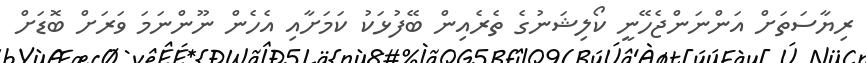
ރިޔާސަތަށް އަންނަންޖެހޭނީ ކޯލިޝަނުގެ ތެރެއިން ބޭފުޅަކު ކަމަށާއި އެހެން ނޫންނަމަ ވަރަށް ބޮޑަށް